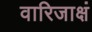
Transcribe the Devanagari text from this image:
वारिजाक्षं